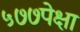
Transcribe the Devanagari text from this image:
५७७पेक्षा